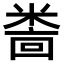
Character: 𫃅